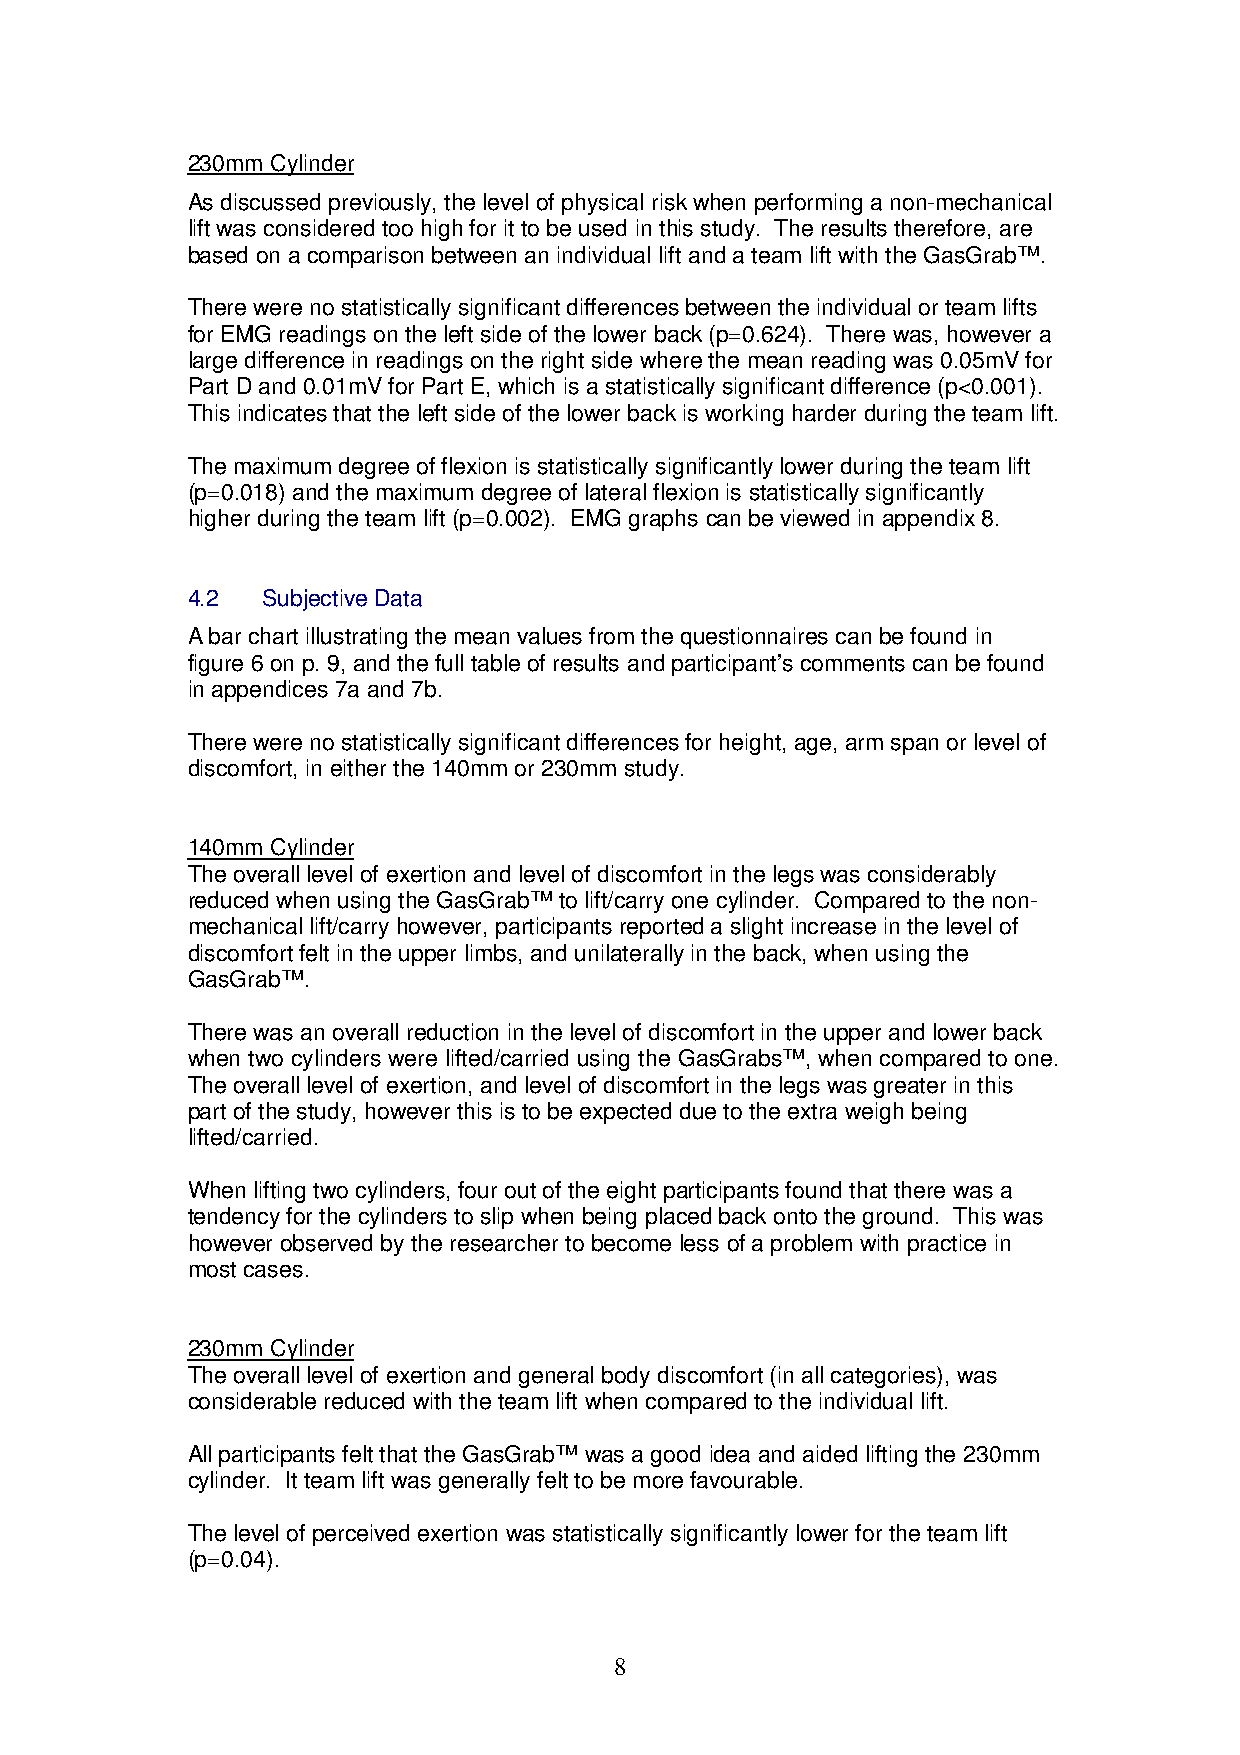
230mm Cylinder
 As discussed previously, the level of physical risk when performing a non-mechanical
 lift was considered too high for it to be used in this study. The results therefore, are
 based on a comparison between an individual lift and a team lift with the GasGrab™.
 There were no statistically significant differences between the individual or team lifts
 for EMG readings on the left side of the lower back (p=0.624). There was, however a
 large difference in readings on the right side where the mean reading was 0.05mV for
 Part D and 0.01mV for Part E, which is a statistically significant difference (p<0.001).
 This indicates that the left side of the lower back is working harder during the team lift.
 The maximum degree of flexion is statistically significantly lower during the team lift
 (p=0.018) and the maximum degree of lateral flexion is statistically significantly
 higher during the team lift (p=0.002). EMG graphs can be viewed in appendix 8.
 4.2  Subjective Data
 A bar chart illustrating the mean values from the questionnaires can be found in
 figure 6 on p. 9, and the full table of results and participant’s comments can be found
 in appendices 7a and 7b.
 There were no statistically significant differences for height, age, arm span or level of
 discomfort, in either the 140mm or 230mm study.
 140mm Cylinder
 The overall level of exertion and level of discomfort in the legs was considerably
 reduced when using the GasGrab™ to lift/carry one cylinder. Compared to the non-
 mechanical lift/carry however, participants reported a slight increase in the level of
 discomfort felt in the upper limbs, and unilaterally in the back, when using the
 GasGrab™.
 There was an overall reduction in the level of discomfort in the upper and lower back
 when two cylinders were lifted/carried using the GasGrabs™, when compared to one.
 The overall level of exertion, and level of discomfort in the legs was greater in this
 part of the study, however this is to be expected due to the extra weigh being
 lifted/carried.
 When lifting two cylinders, four out of the eight participants found that there was a
 tendency for the cylinders to slip when being placed back onto the ground. This was
 however observed by the researcher to become less of a problem with practice in
 most cases.
 230mm Cylinder
 The overall level of exertion and general body discomfort (in all categories), was
 considerable reduced with the team lift when compared to the individual lift.
 All participants felt that the GasGrab™ was a good idea and aided lifting the 230mm
 cylinder. It team lift was generally felt to be more favourable.
 The level of perceived exertion was statistically significantly lower for the team lift
 (p=0.04).
 8